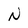
Character: N